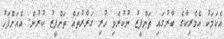
އެކަމަކު އެމެރިކާގެ ބާރުގައި ތަންފީޒު ނުކުރެވި ހުރި ގަރާރުތައް ތަންފީޒު ކުރުން. އެއަށްފަހު